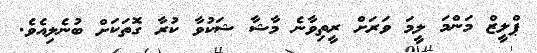
ޕްލީޒް މަންމަ ލީމަ ވަރަށް ރީތިވާނެ މާޝާ ޝަކުވާ ކުރާ ގޮތަކަށް ބުނެލިއެވެ.